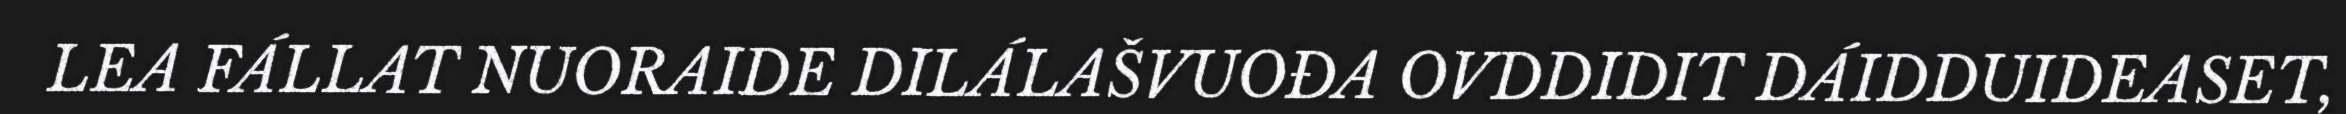
LEA FÁLLAT NUORAIDE DILÁLAŠVUOĐA OVDDIDIT DÁIDDUIDEASET,